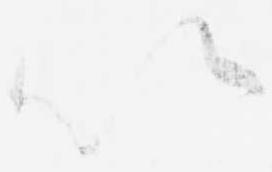
以